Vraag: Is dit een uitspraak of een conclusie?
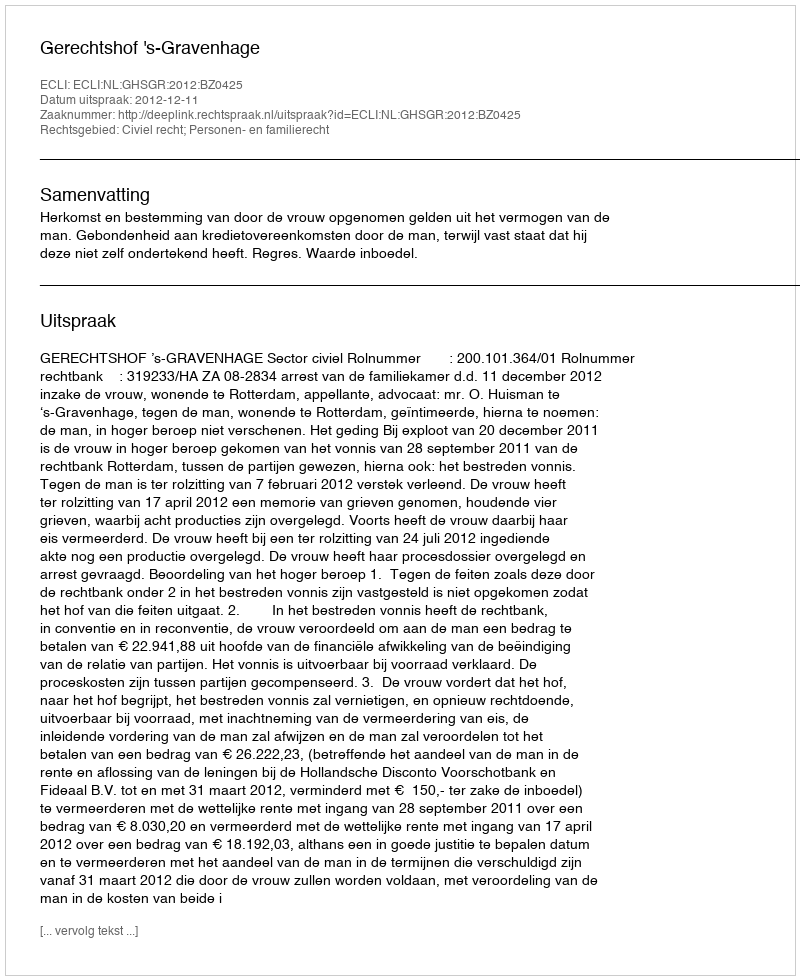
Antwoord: Uitspraak